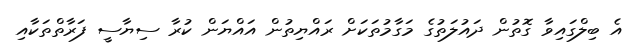
އެ ބިލްގައިވާ ގޮތުން ދައުލަތުގެ މަގާމުތަކަށް ރައްޔިތުން އައްޔަން ކުރާ ސިޔާސީ ފަރާތްތަކާއި